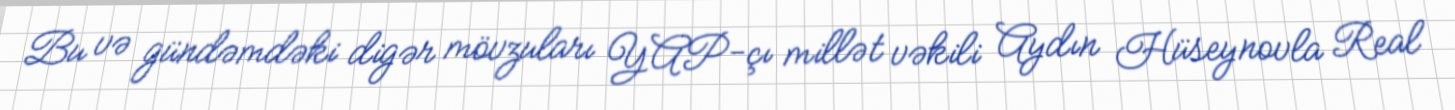
Bu və gündəmdəki digər mövzuları YAP-çı millət vəkili Aydın Hüseynovla Real